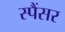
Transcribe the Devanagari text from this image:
स्पैंसर